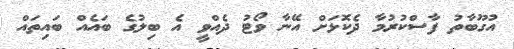
އުގޫބާތު ފާސްކުރުމާ ދެކޮޅަށް އޭނާ ވޯޓު ދެއްވީ އެ ބިލުގެ ބައެއް ބައިތައް